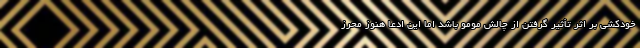
خودکشی بر اثر تأثیر گرفتن از چالش مومو باشد اما این ادعا هنوز محرز